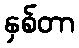
နှစ်တာ